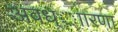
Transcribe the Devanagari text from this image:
अवध्ाारणा